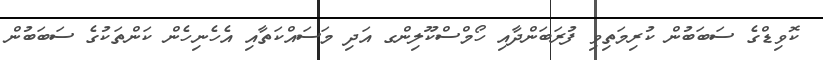
ކޮވިޑްގެ ސަބަބުން ކުރިމަތިވި ފުރަބަންދާއި ހޯމްސްކޫލިންގ އަދި މަސައްކަތާއި އެހެނިހެން ކަންތަކުގެ ސަބަބުން